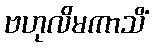
ဗဟုလိမကာသိံ